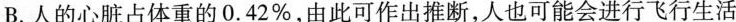
B.人的心脏占体重的0.42%，由此可作出推断，人也可能会进行飞行生活